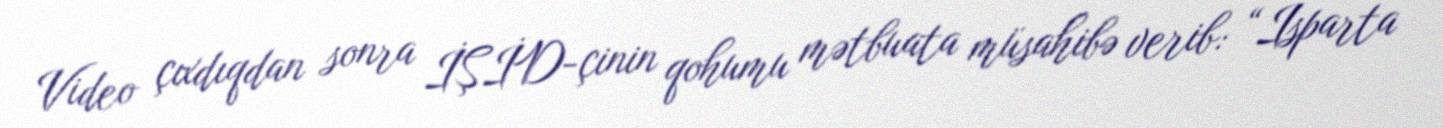
Video çıxdıqdan sonra İŞİD-çinin qohumu mətbuata müsahibə verib: “Isparta